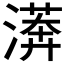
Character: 𣾘